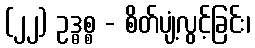
(၂၂) ဥဒ္ဓစ္စ - စိတ်ပျံ့လွင့်ခြင်း၊